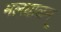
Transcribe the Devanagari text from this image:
मलयाळम्